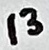
Text: 13